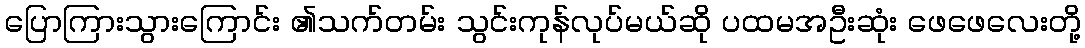
ပြောကြားသွားကြောင်း ၏သက်တမ်း သွင်းကုန်လုပ်မယ်ဆို ပထမအဦးဆုံး ဖေဖေလေးတို့